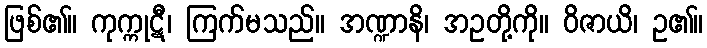
ဖြစ်၏။ ကုက္ကုဋီ၊ ကြက်မသည်။ အဏ္ဍာနိ၊ အဥတို့ကို။ ဝိဇာယိ၊ ဥ၏။